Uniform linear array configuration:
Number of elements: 12
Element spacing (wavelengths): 0.25
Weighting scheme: kaiser
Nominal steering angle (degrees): -15
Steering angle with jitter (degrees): -16.067
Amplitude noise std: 0.05
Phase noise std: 0.05

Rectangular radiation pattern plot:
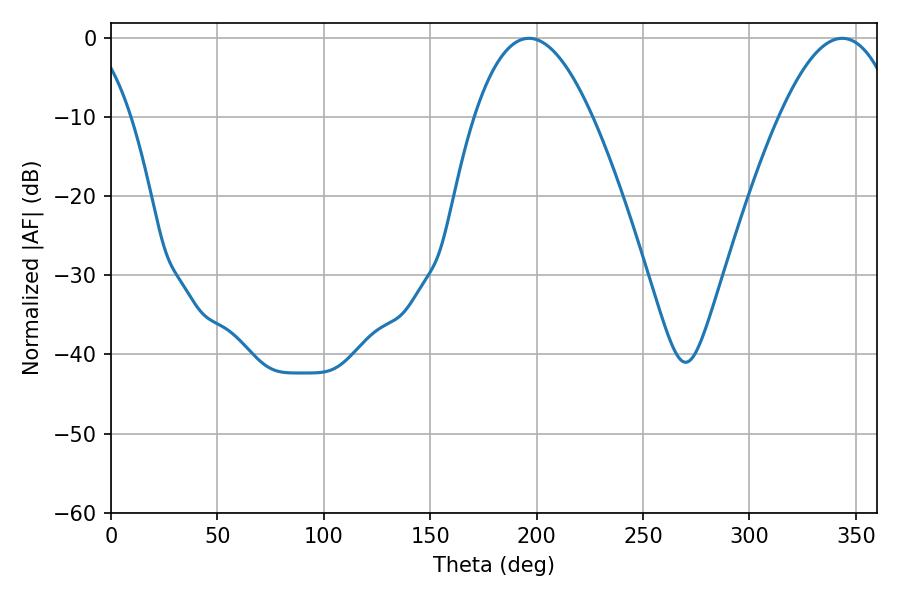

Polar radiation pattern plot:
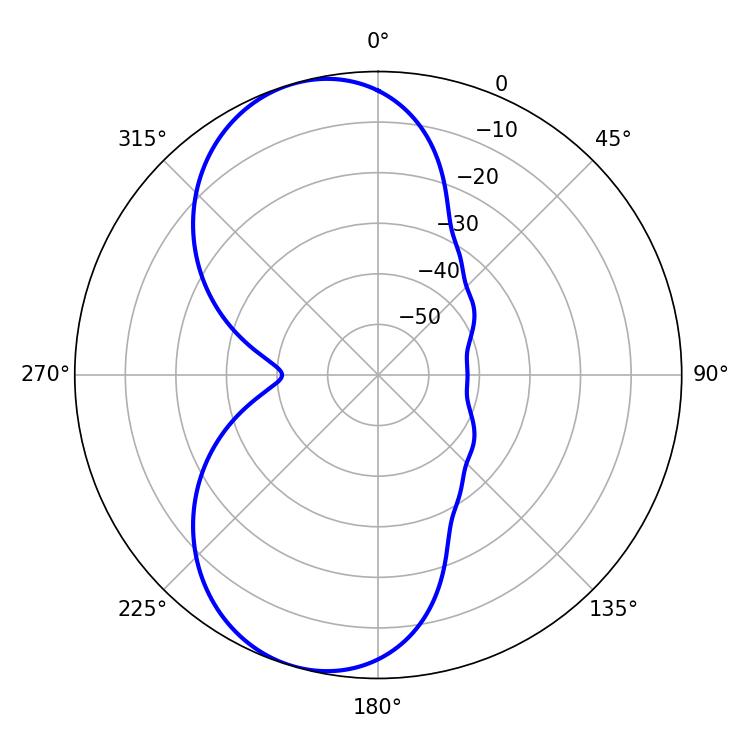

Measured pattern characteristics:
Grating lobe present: FALSE
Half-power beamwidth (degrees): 30.42
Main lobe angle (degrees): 196.38